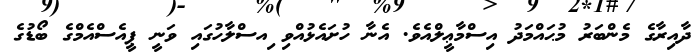
ދާއިރާގެ މެންބަރު މުޙައްމަދު އިސްމާޢީލްއެވެ. އެނާ ހުށައެޅުއްވި ިއސްލާހުގައި ވަނީ ޕީއެސްއެމްގެ ބޯޑުގެ